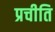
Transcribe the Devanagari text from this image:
प्रचीति